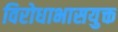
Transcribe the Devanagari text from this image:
विरोधाभासयुक्त